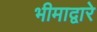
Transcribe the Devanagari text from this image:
भीमाद्वारे